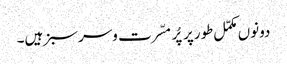
دونوں مکمّل طورپر پُر مسّرت وسرسبز ہیں۔